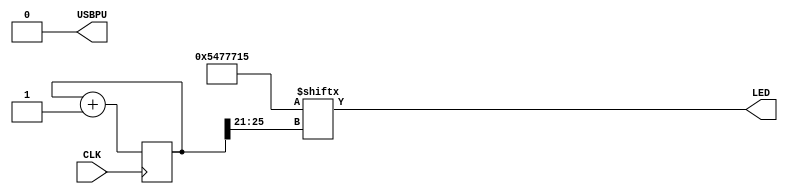
// LED blinker

module blinker(
    input CLK,
    output LED,
    output USBPU);

    assign USBPU = 0;

    reg [25:0] counter;
    wire [31:0] pattern = 32'b101010001110111011100010101;

    always@(posedge CLK) begin
        if(CLK) counter <= counter + 1;
    end

    assign LED = pattern[counter[25:21]];

endmodule